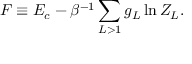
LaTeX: F \equiv E _ { c } - \beta ^ { - 1 } \sum _ { L > 1 } g _ { L } \ln Z _ { L } .